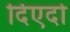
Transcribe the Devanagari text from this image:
दिएदो